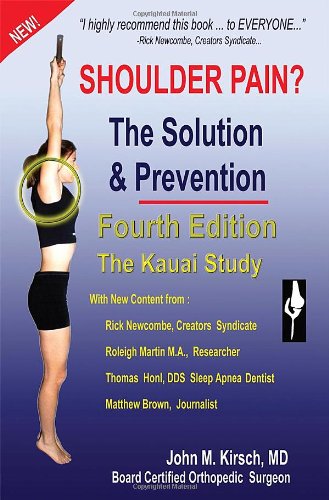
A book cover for Shoulder Pain? The Solution & Prevention,  Revised & Expanded; John M. Kirsch M.D.; Health, Fitness & Dieting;